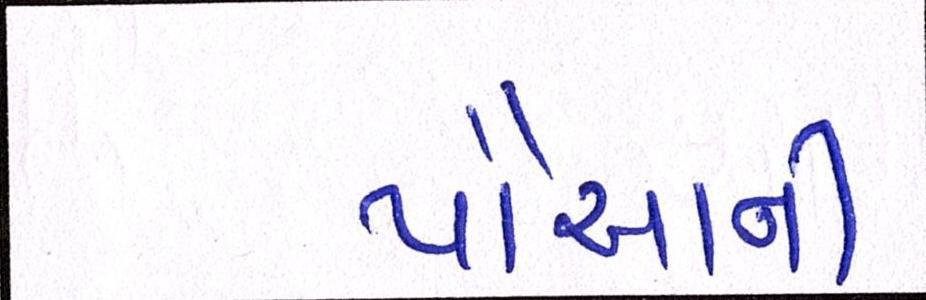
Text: પૌઆની